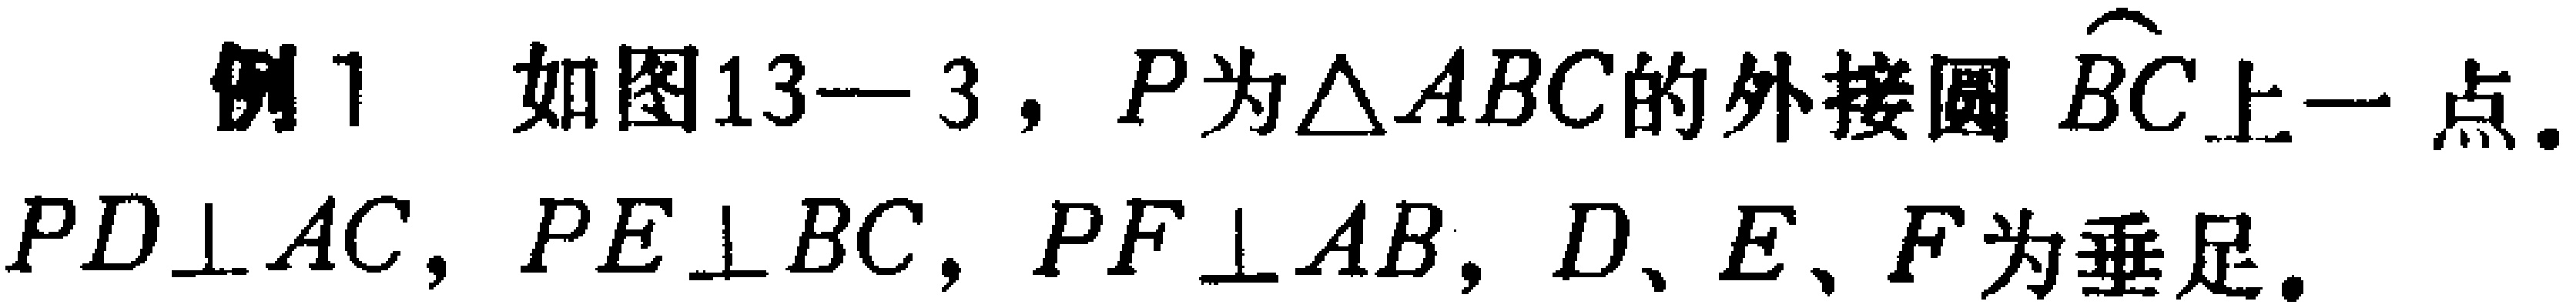
例1 如图13—3，$P$为$\triangle ABC$的外接圆$\overset{\frown}{BC}$上一点.$PD\perp AC$，$PE\perp BC$，$PF\perp AB$，$D、E、F$为垂足.